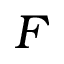
F